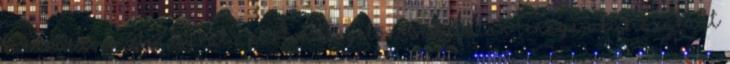
kacarászó, vízben ugráló, parton kergetőző súlytalan lénnyé, aki kiszakadt